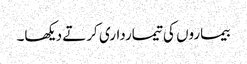
بیماروں کی تیمارداری کرتے دیکھا۔